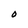
Character: O